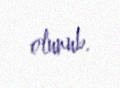
olunub.